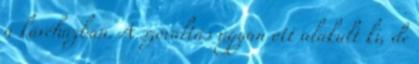
a kávéházban. A szóváltás ugyan ott alakult ki, de